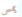
يمس